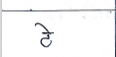
मजकूर: टे